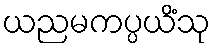
ယညမကပ္ပယိံသု